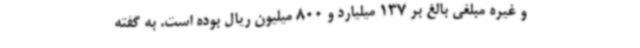
و غیره مبلغی بالغ بر 137 میلیارد و 800 میلیون ریال بوده است. به گفته